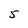
Character: 5